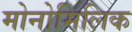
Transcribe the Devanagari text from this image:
मोनोमिलिक